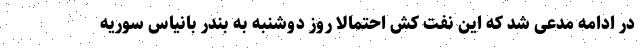
در ادامه مدعی شد که این نفت کش احتمالا روز دوشنبه به بندر بانیاس سوریه